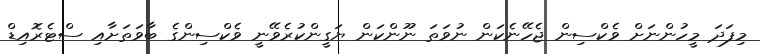
މިފަދަ މީހުންނަށް ވެކްސިން ޖެހޭނެކަން ނުވަތަ ނޫންކަން ޔަގީންކުރެވޭނީ ވެކްސިންގެ ބާވަތަށާއި ސްޓެރޮއިޑް